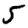
Digit: 5